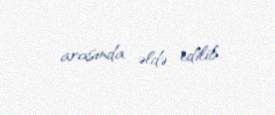
arasında əldə edilib.